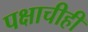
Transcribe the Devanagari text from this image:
पक्षाचीही